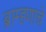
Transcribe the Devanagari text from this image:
ब्राम्हणाचे